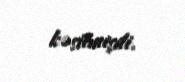
kəsilmişdi.